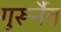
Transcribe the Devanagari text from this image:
गुरूर्नैव